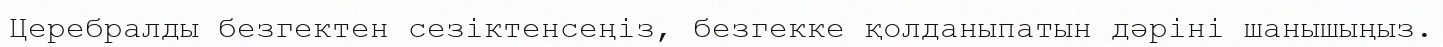
Церебралды безгектен сезіктенсеңіз, безгекке қолданыпатын дәріні шанышыңыз.